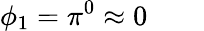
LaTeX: \phi_{1}=\pi^{0}\approx 0\qquad